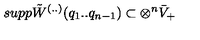
s u p p \tilde { W } ^ { ( . . ) } ( q _ { 1 } . . q _ { n - 1 } ) \subset \otimes ^ { n } \bar { V } _ { + }